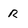
Character: R